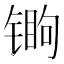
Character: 𬭧